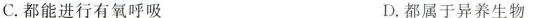
C.都能进行有氧呼吸 D.都属于异养生物